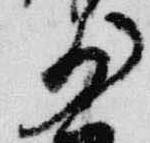
少